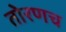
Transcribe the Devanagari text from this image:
तोरणच